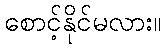
စောင့်နိုင်မလား။